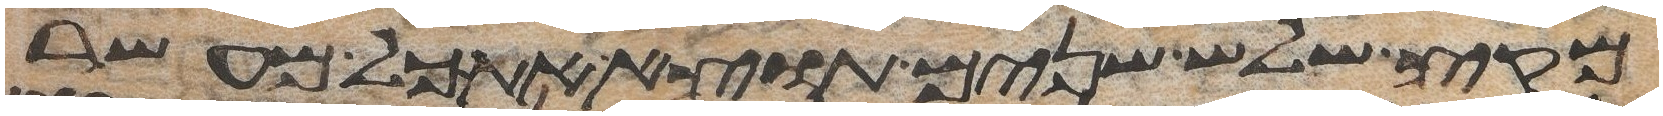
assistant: מקץ שלש שנים תוצא את כל מעשר